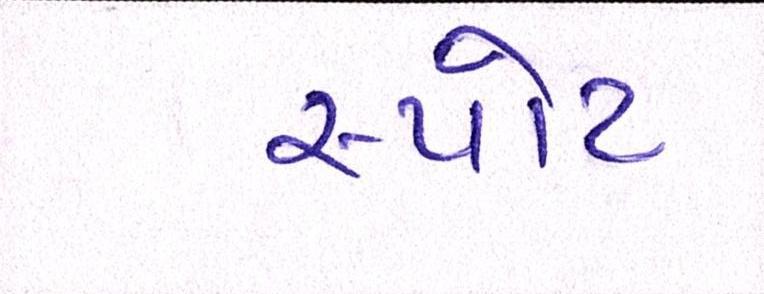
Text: સ્પોટ